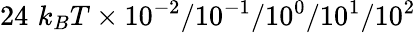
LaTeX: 24\, \, k_{B}T\times 10^{-2}/10^{-1}/10^{0}/10^{1}/10^{2}